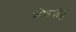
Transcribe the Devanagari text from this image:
ऑफ़बीट्स